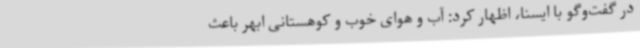
در گفت‌وگو با ایسنا، اظهار کرد: آب و هوای خوب و کوهستانی ابهر باعث